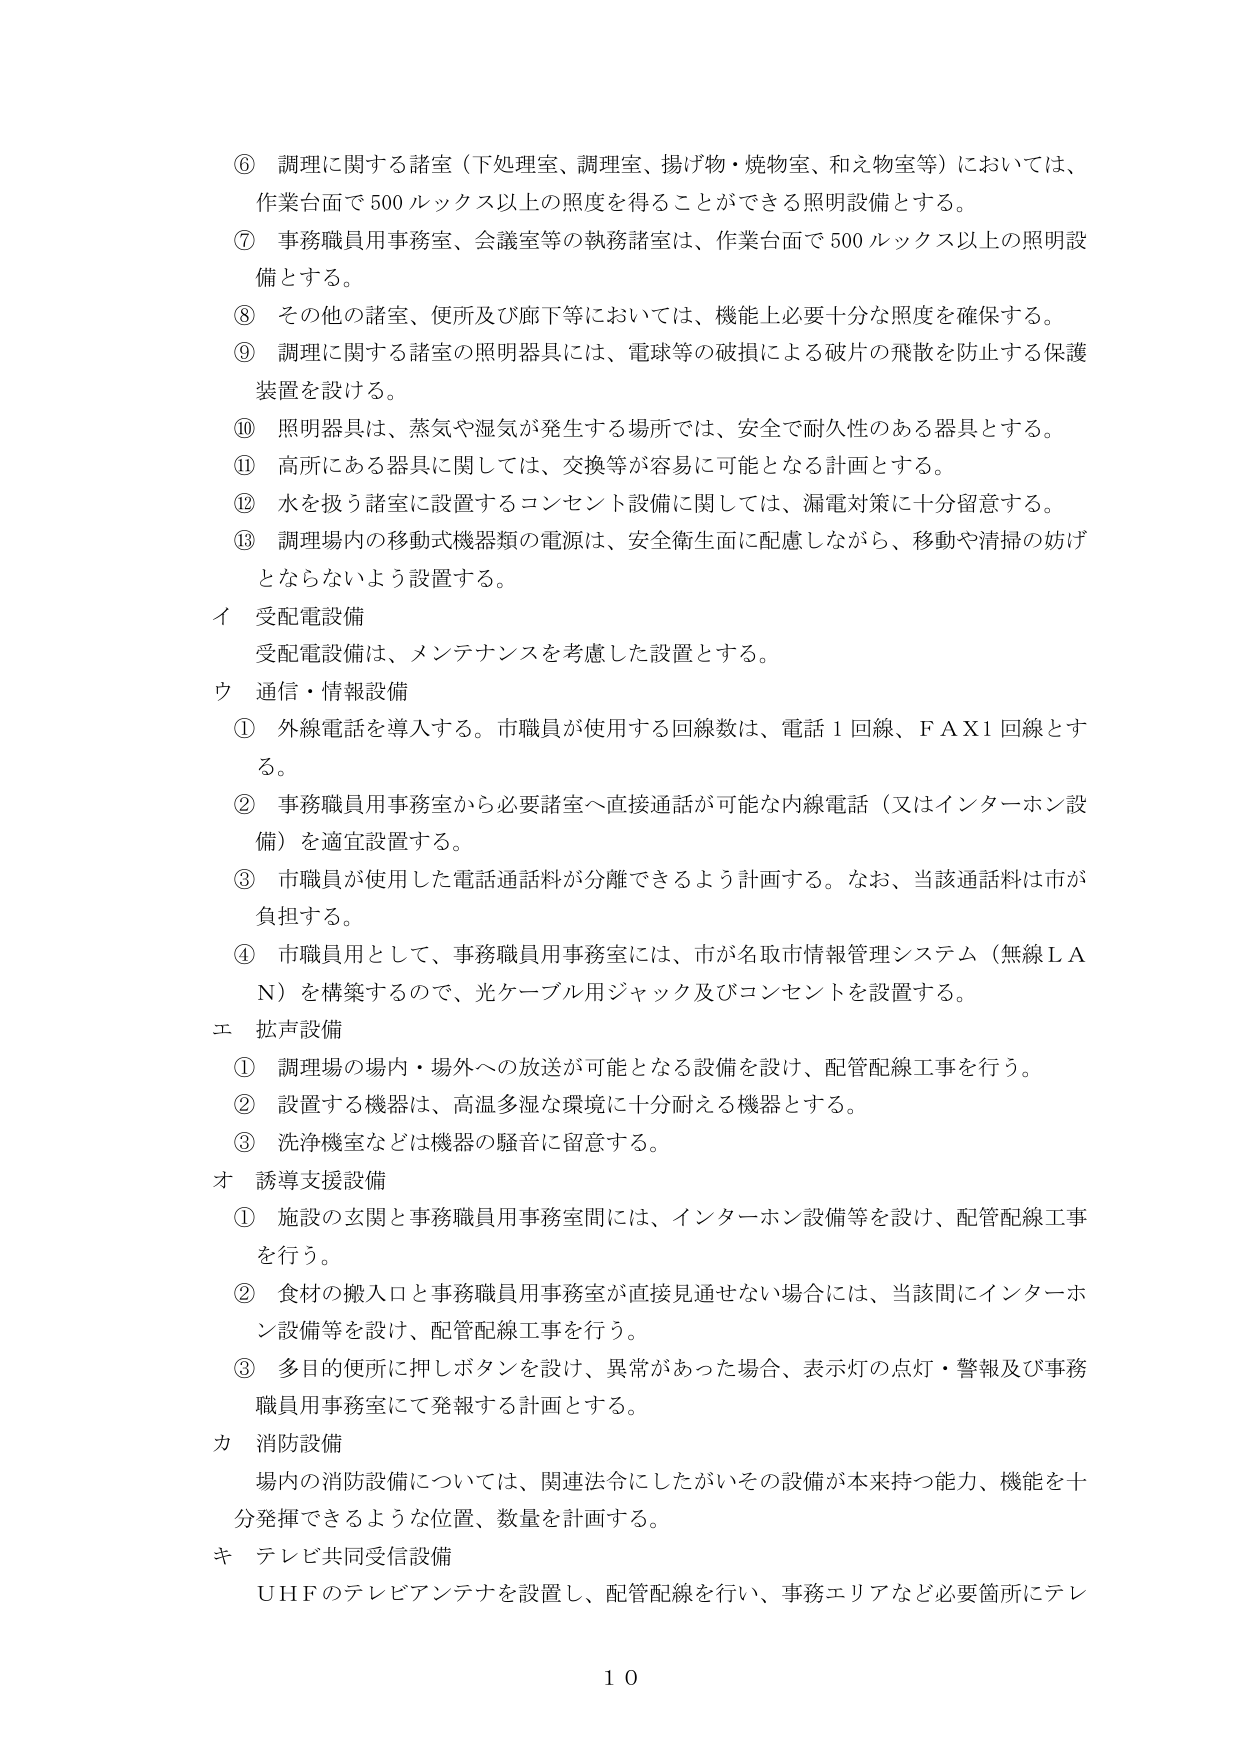
⑥ 調理に関する諸室（下処理室、調理室、揚げ物・焼物室、和え物室等）においては、
作業台面で500ルックス以上の照度を得ることができる照明設備とする。

⑦ 事務職員用事務室、会議室等の執務諸室は、作業台面で500ルックス以上の照明設備とする。

⑧ その他の諸室、便所及び廊下等においては、機能上必要十分な照度を確保する。

⑨ 調理に関する諸室の照明器具には、電球等の破損による破片の飛散を防止する保護装置を設ける。

⑩ 照明器具は、蒸気や湿気が発生する場所では、安全で耐久性のある器具とする。

⑪ 高所にある器具に関しては、交換等が容易に可能となる計画とする。

⑫ 水を扱う諸室に設置するコンセント設備に関しては、漏電対策に十分留意する。

⑬ 調理場内の移動式機器類の電源は、安全衛生面に配慮しながら、移動や清掃の妨げとならないよう設置する。

イ 受配電設備
受配電設備は、メンテナンスを考慮した設置とする。

ウ 通信・情報設備
① 外線電話を導入する。市職員が使用する回線数は、電話1回線、ＦＡＸ1回線とする。
② 事務職員用事務室から必要諸室へ直接通話が可能な内線電話（又はインターホン設備）を適宜設置する。
③ 市職員が使用した電話通話料が分離できるよう計画する。なお、当該通話料は市が負担する。
④ 市職員用として、事務職員用事務室には、市が名取市情報管理システム（無線ＬＡＮ）を構築するので、光ケーブル用ジャック及びコンセントを設置する。

エ 拡声設備
① 調理場の場内・場外への放送が可能となる設備を設け、配管配線工事を行う。
② 設置する機器は、高温多湿な環境に十分耐える機器とする。
③ 洗浄機室などは機器の騒音に留意する。

オ 誘導支援設備
① 施設の玄関と事務職員用事務室間には、インターホン設備等を設け、配管配線工事を行う。
② 食材の搬入口と事務職員用事務室が直接見通せない場合には、当該間にインターホン設備等を設け、配管配線工事を行う。
③ 多目的便所に押しボタンを設け、異常があった場合、表示灯の点灯・警報及び事務職員用事務室にて発報する計画とする。

カ 消防設備
場内の消防設備については、関連法令にしたがいその設備が本来持つ能力、機能を十分発揮できるような位置、数量を計画する。

キ テレビ共同受信設備
ＵＨＦのテレビアンテナを設置し、配管配線を行い、事務エリアなど必要箇所にテレ

10